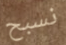
نسبح